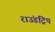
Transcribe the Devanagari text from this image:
राउंडट्रिप